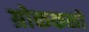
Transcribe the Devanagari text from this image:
ग्रोककनो